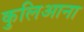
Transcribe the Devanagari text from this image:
कुलिआना